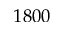
1 8 0 0